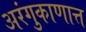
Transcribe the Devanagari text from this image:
अरंगुकाणात्त